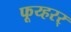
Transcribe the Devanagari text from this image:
फूय्हरर्